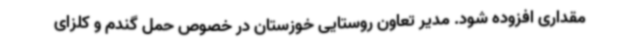
مقداری افزوده شود. مدیر تعاون روستایی خوزستان در خصوص حمل گندم و کلزای